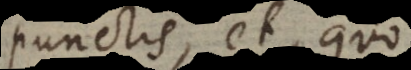
punctis, et quo